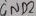
Text: GND2